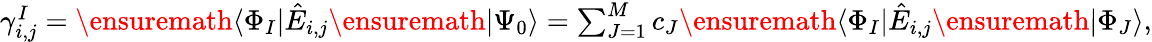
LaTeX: \begin{array}{r}{\gamma_{i,j}^{I}=\ensuremath{\langle\Phi_{I}\vert}\hat{E}_{i,j}\ensuremath{\vert\Psi_{0}\rangle}=\sum_{J=1}^{M}c_{J}\ensuremath{\langle\Phi_{I}\vert}\hat{E}_{i,j}\ensuremath{\vert\Phi_{J}\rangle},}\end{array}